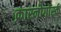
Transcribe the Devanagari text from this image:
क्रास्नोगोर्स्क